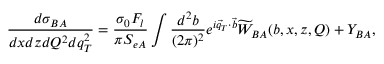
\frac { d \sigma _ { B A } } { d x d z d Q ^ { 2 } d q _ { T } ^ { 2 } } = \frac { \sigma _ { 0 } F _ { l } } { \pi S _ { e A } } \int \frac { d ^ { 2 } b } { ( 2 \pi ) ^ { 2 } } e ^ { i \vec { q } _ { T } \cdot \vec { b } } \widetilde { W } _ { B A } ( b , x , z , Q ) + Y _ { B A } ,